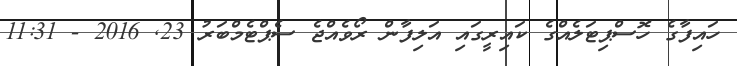
ހައިފާގެ ހޮސްޕިޓަލެއްގެ ކައިރީގައި އަލިފާން ރޯވެއްޖެ ސެޕްޓެމްބަރު 23